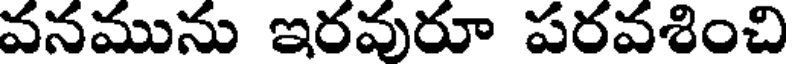
వనమును ఇరవురూ పరవశించి